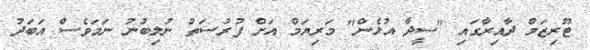
ޓޫރިޒަމް ދާއިރާގައި "ސީދާ އުޅެން" މަރިޔަމް އަށް ފުރުސަތު ނުލިބުނު ނަމަވެސް އަބަދު